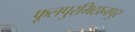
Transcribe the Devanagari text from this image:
फूलपुरमिठानपुर